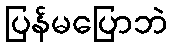
ပြန်မပြောဘဲ